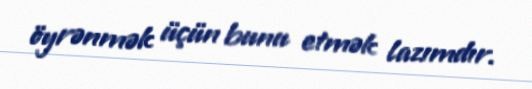
öyrənmək üçün bunu etmək lazımdır.